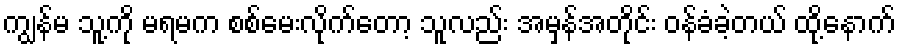
ကျွန်မ သူ့ကို မရမက စစ်မေးလိုက်တော့ သူလည်း အမှန်အတိုင်း ဝန်ခံခဲ့တယ် ထို့နောက်